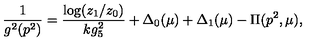
\frac { 1 } { g ^ { 2 } ( p ^ { 2 } ) } = \frac { \log ( z _ { 1 } / z _ { 0 } ) } { k g _ { 5 } ^ { 2 } } + \Delta _ { 0 } ( \mu ) + \Delta _ { 1 } ( \mu ) - \Pi ( p ^ { 2 } , \mu ) ,